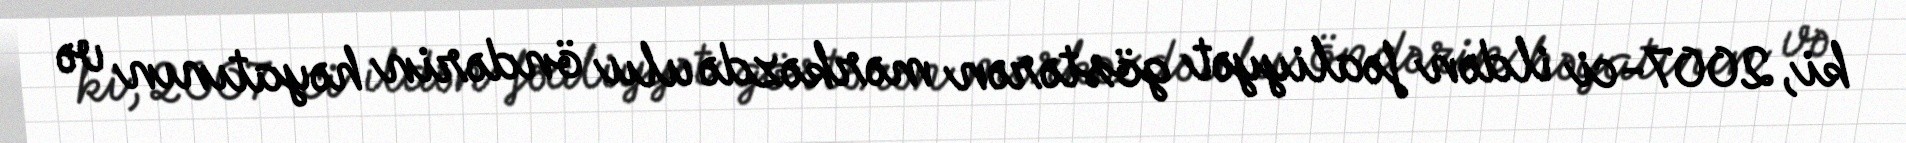
ki, 2007-ci ildən fəaliyyət göstərən mərkəzdə ulu öndərin həyatının və